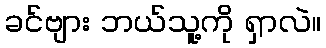
ခင်ဗျား ဘယ်သူ့ကို ရှာလဲ။